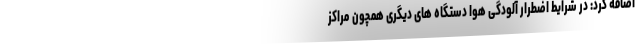
اضافه کرد: در شرایط اضطرار آلودگی هوا دستگاه های دیگری همچون مراکز